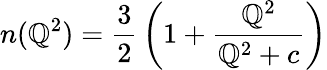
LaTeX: n(\mathbb{Q}^{2})={\frac{{3}}{{2}}}\left(1+{\frac{{\mathbb{Q}^{2}}}{{\mathbb{Q}^{2}+c}}}\right)